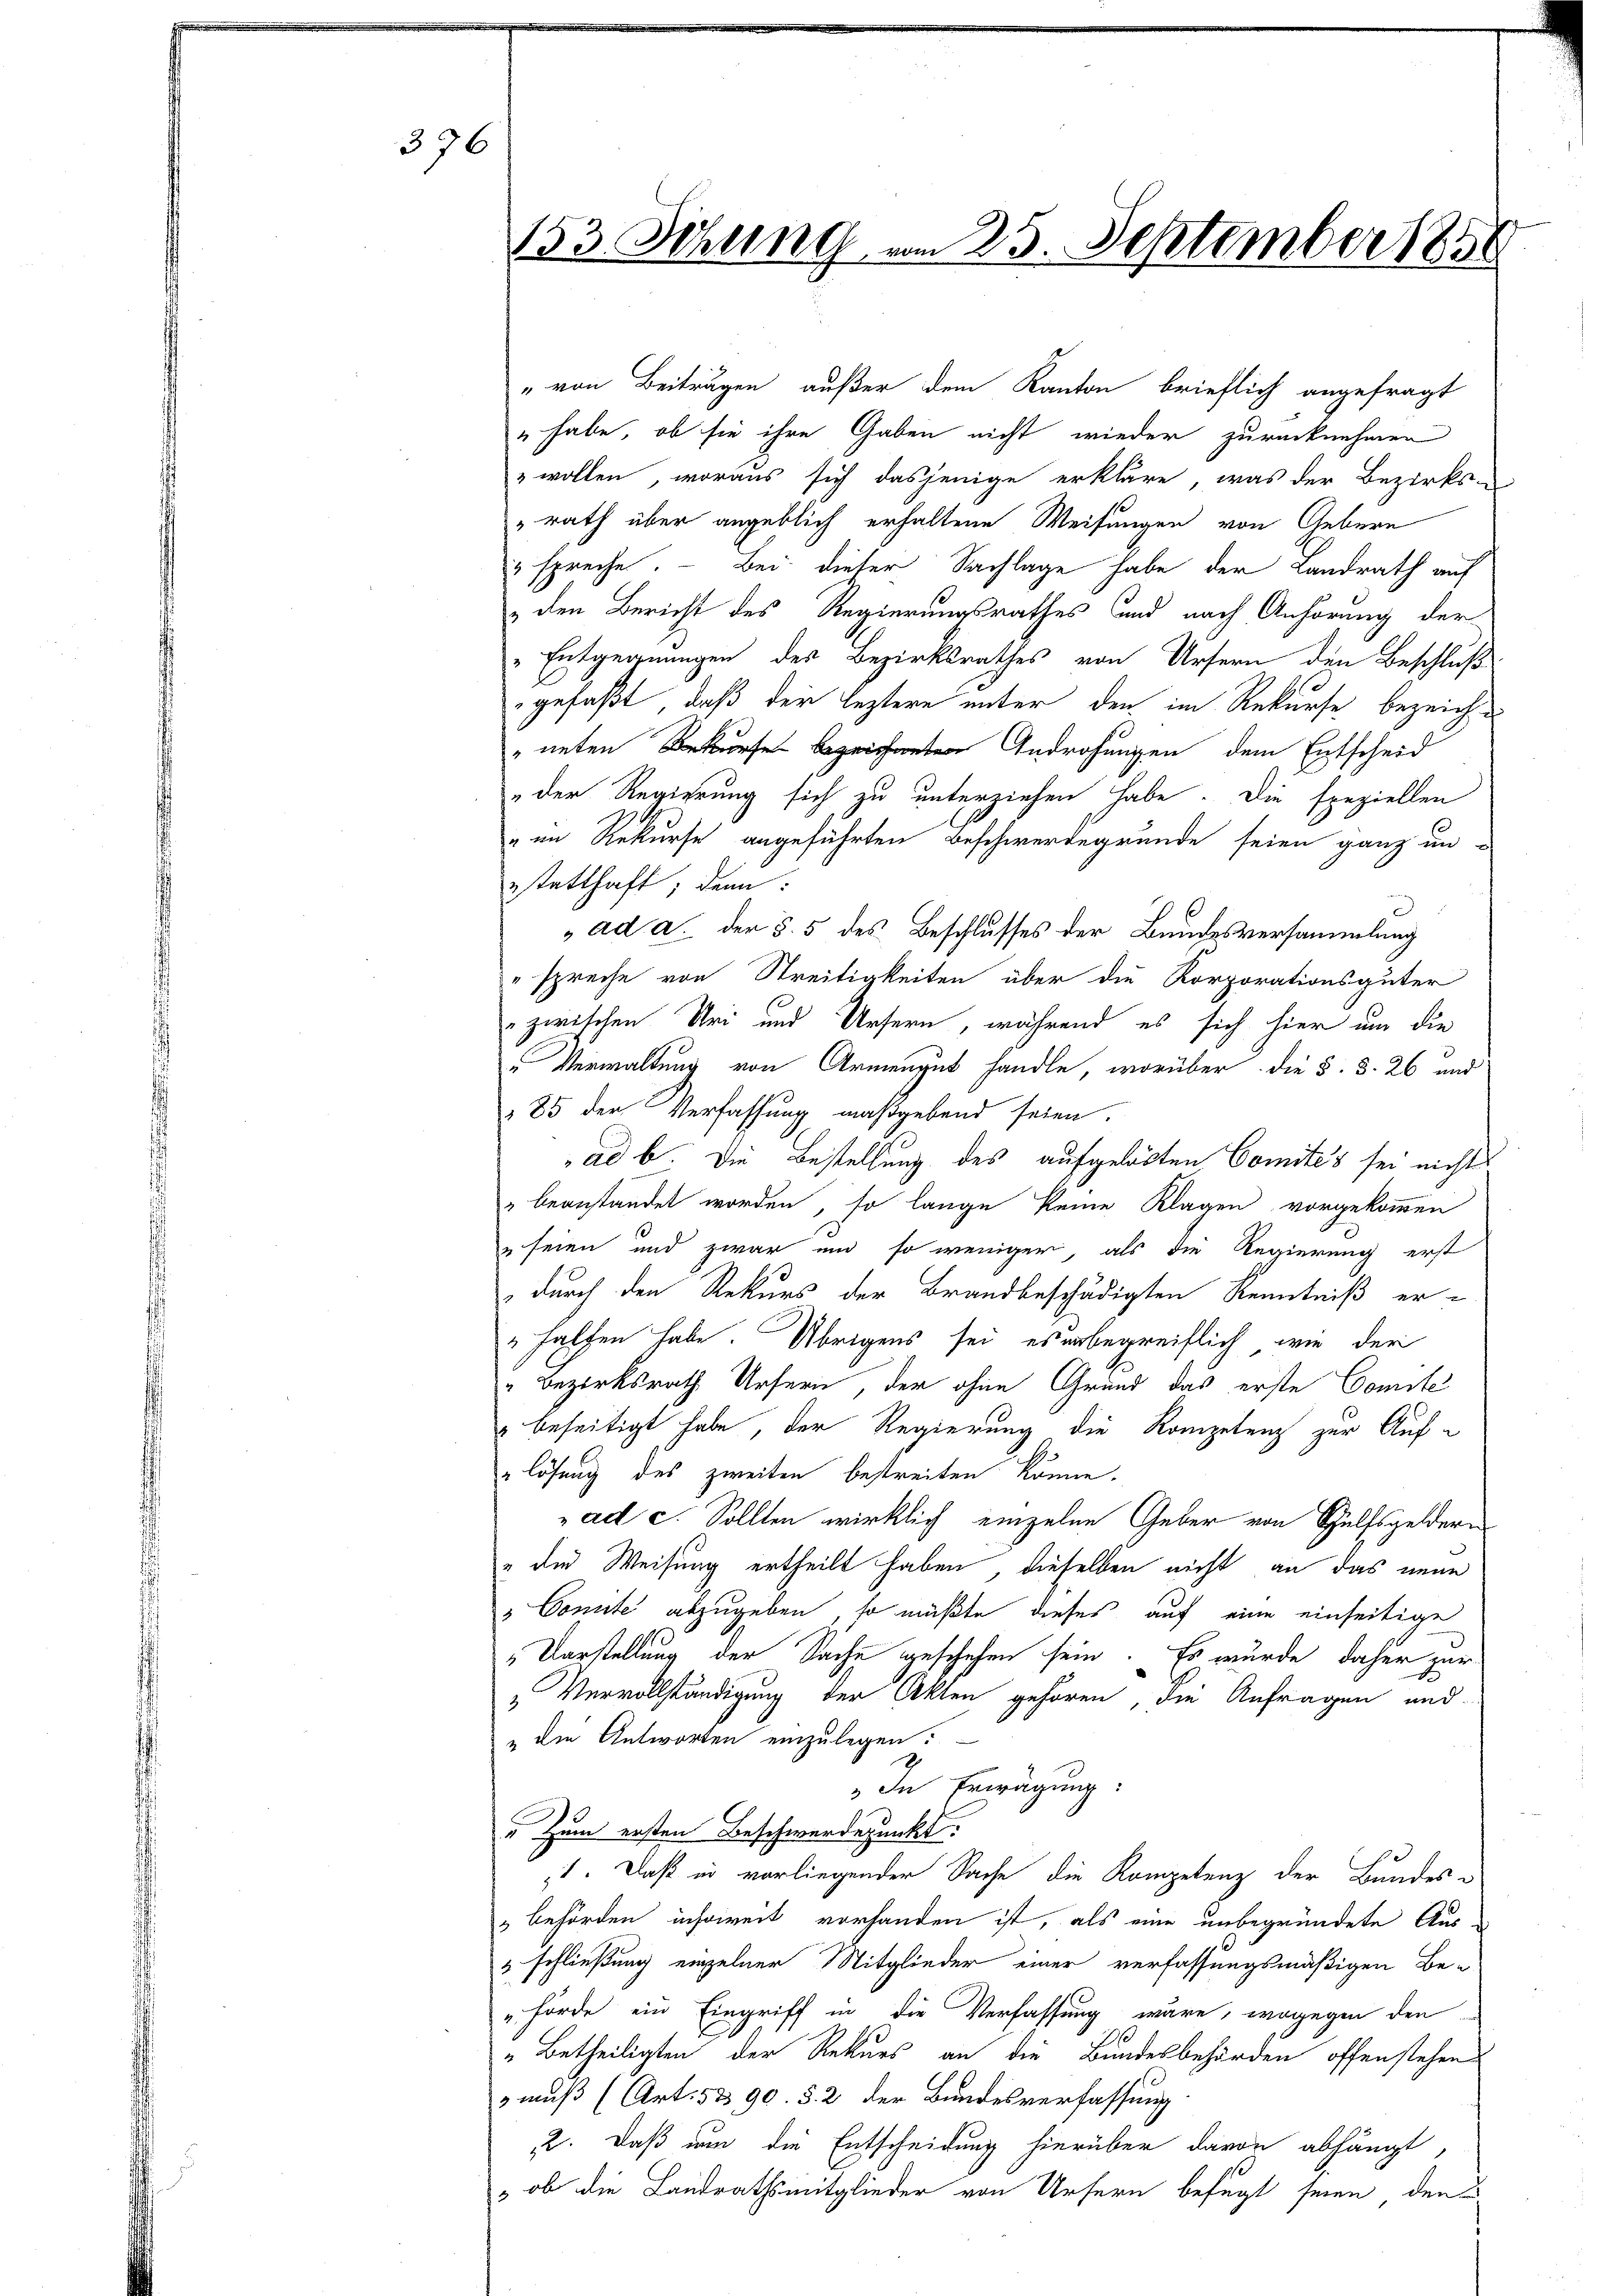
376

153 Sitzung vom 25. September 1856

" von Beiträgen außer dem Kanton brieflich angefragt
" habe, ob sie ihre Gaben nicht wieder zurücknehmen
„ wollen, woraus sich dasjenige erkläre, was der Bezirksrath über angeblich erhaltene Weisungen von Gebern
" spreche. - Bei dieser Nachlage habe der Landrath auf
 den Bericht des Regierungsrathes und nach Anhörung der
Entgegnungen des Bezirksrathes von Ursern den Beschluß
gefaßt, daß der leztere unter den im Rekurse bezeichneten Bekurses bezeichneten Androhungen dem Entscheid
„der Regierung sich zu unterziehen habe. Die speziellen
" im Rekurse angeführten Beschwerdegrunde seien ganz un-
estatthaft; dann:
ad a. der §. 5 des Beschlusses der Bundesversammlung
" spreche von Streitigkeiten über die Korporationsgüter
zwischen Uri und Ursern, während es sich hier um die
Verwaltung von Armengut handle, worüber die §. §. 26 und
285 der Verfassung maßgebend seien.
ad b. Die Bestellung des aufgelösten Comités sei nichts
& beanstandet worden, so lange keine Klagen vorgekommen
u seien und zwar und so weniger, als die Regierung erst
durch den Rekurs der Brandbeschädigten Kenntniß er-
halfen habe. Übrigens sei es arbegreiflich, wie der
" Bezirksrath Ursern, der ohne Grund das erste Comite
beseitigt habe, der Regierung die Kompetenz zur Auflösung des zweiten bestreiten könne.
ad c. Sollten wirklich einzelne Geber von Hülfsgeldern
"der Weisung ertheilt haben, dieselben nicht an das neue
"Connte abzugeben, so müßte dieses auf eine einseitige
„Vorstellung der Sache geschehen sein. Es würde daher zur
„Vervollständigung der Akten gehören, die Anfragen und
" die Antworten einzulegen:
„In Erwägung:
"Zum ersten Beschwerdepunkt:
t. Daß in vorliegender Sache die Kompetenz der Bundes-
behörden insoweit vorhanden ist, als eine unbegründete Aus
" schließung einzelner Mitglieder einer verfassungsmäßigen Be-
"hörde ein Eingriff in die Verfassung wäre, wogegen den
„Betheiligten der Rekurs an die Bundesbehörden offenstehen
 muß (Art. 53 90. §. 2 der Bundesverfassung
22. Daß um die Entscheidung hierüber davon abhängt
, ob die Landrathsmitglieder von Ursern befugt seien, den B